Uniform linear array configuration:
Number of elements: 64
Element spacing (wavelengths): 1
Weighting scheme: kaiser
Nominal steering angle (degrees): -60
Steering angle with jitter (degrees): -60.254
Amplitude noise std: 0.05
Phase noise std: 0.05

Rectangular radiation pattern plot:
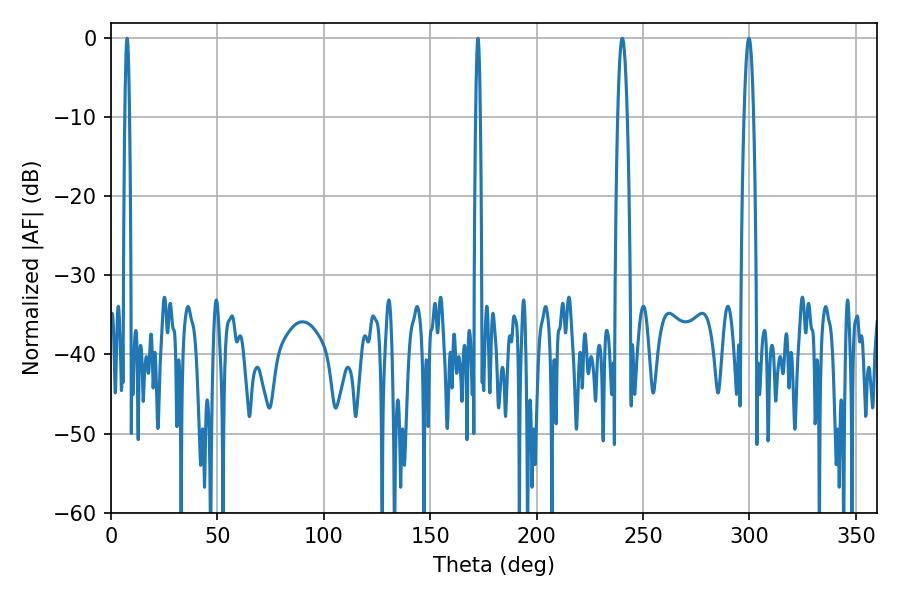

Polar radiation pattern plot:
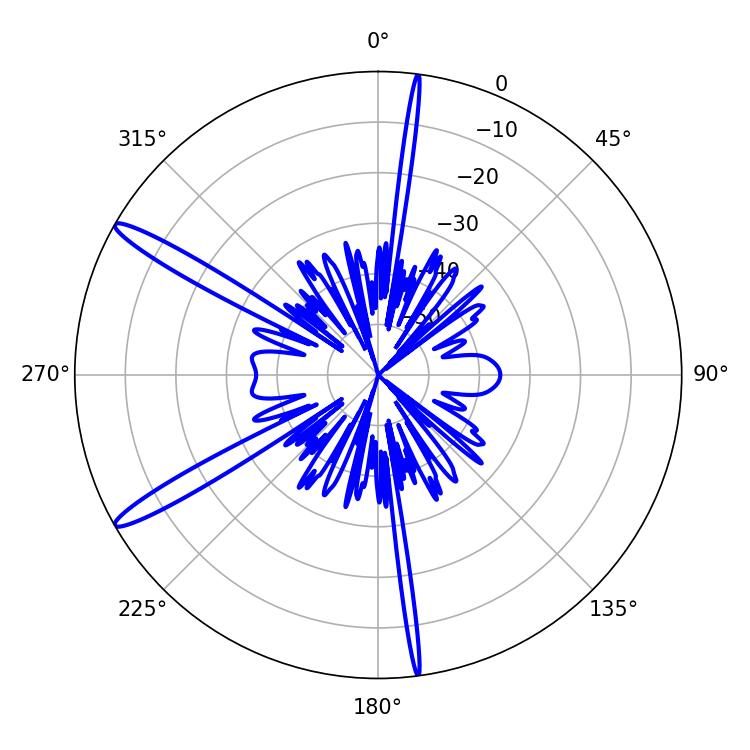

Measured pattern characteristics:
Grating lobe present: TRUE
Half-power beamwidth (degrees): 1.08
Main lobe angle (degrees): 7.56